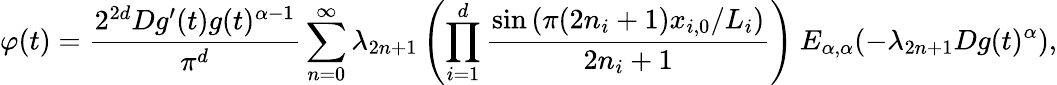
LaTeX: \varphi(t)=\frac{2^{2d}Dg^{\prime}(t)g(t)^{\alpha-1}}{\pi^{d}}\sum_{n=0}^{\infty}\lambda_{2n+1}\left(\prod_{i=1}^{d}\frac{\sin{(\pi(2n_{i}+1)x_{i,0}/L_{i})}}{2n_{i}+1}\right)\ E_{\alpha,\alpha}(-\lambda_{2n+1}Dg(t)^{\alpha}),